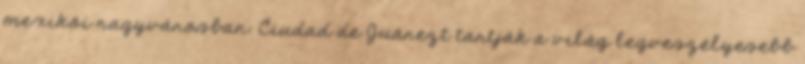
mexikói nagyvárosban. Ciudad de Juárezt tartják a világ legveszélyesebb